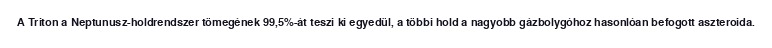
A Triton a Neptunusz-holdrendszer tömegének 99,5%-át teszi ki egyedül, a többi hold a nagyobb gázbolygóhoz hasonlóan befogott aszteroida.